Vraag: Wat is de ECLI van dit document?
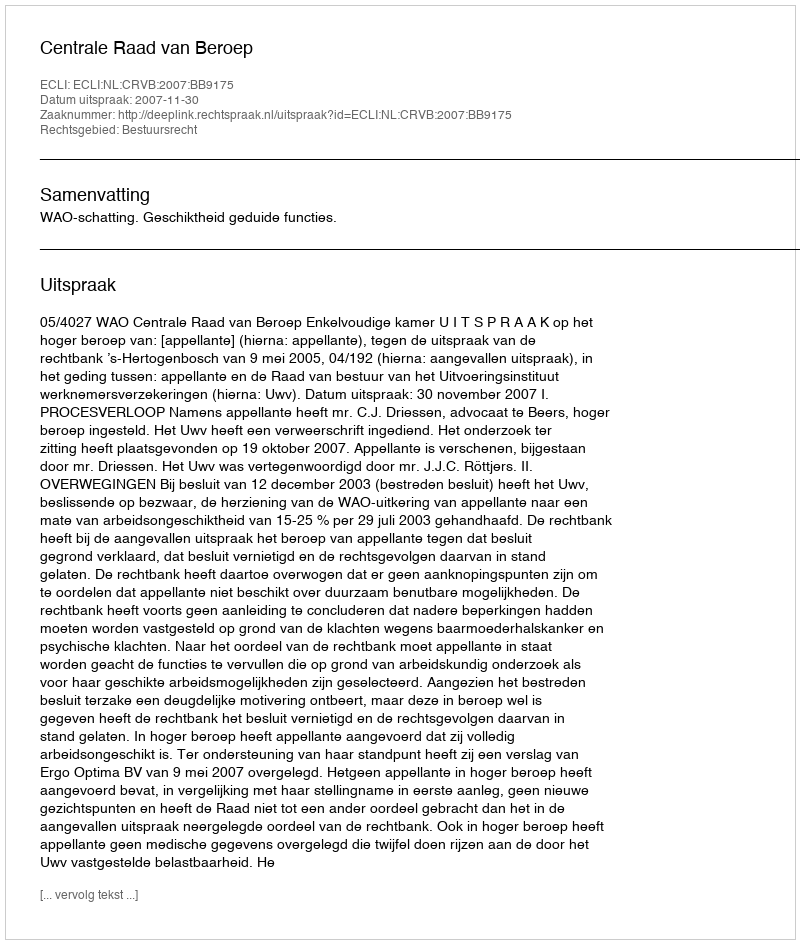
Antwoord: ECLI:NL:CRVB:2007:BB9175